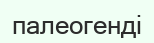
палеогенді